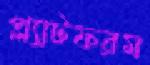
প্ল্যাটফরম